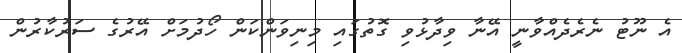
އެ ނޫޓު ނެރެދެއްވާނީ އޭނާ ވިދާޅުވި ގޮތުގައި މިނިވަންކަން ހޯދުމަށް އޭރުގެ ސަރުކާރުން